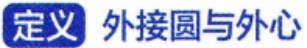
定义 外接圆与外心